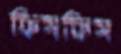
ফিসফিস